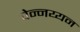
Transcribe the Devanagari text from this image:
चेन्नय्यन